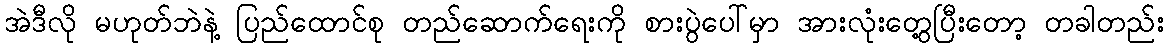
အဲဒီလို မဟုတ်ဘဲနဲ့ ပြည်ထောင်စု တည်ဆောက်ရေးကို စားပွဲပေါ်မှာ အားလုံးတွေ့ပြီးတော့ တခါတည်း